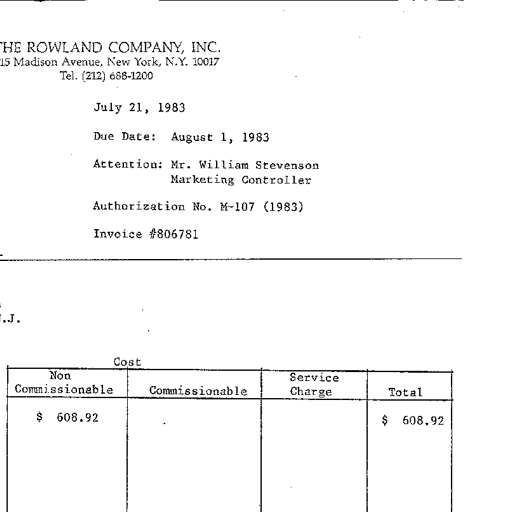
THE ROWLAND COMPANY, INC.
415 Madison Avenue, New York, N.Y. 10017
Tel. (212) 688-1200

July 21, 1983

Due Date: August 1, 1983

Attention: Mr. William Stevenson
Marketing Controller

Authorization No. M-107 (1983)

Invoice #806781

.J.

Cost
Non Commissionable
Commissionable
Service Charge
Total
$ 608.92
$ 608.92